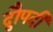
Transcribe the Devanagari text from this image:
द्रुौपदी